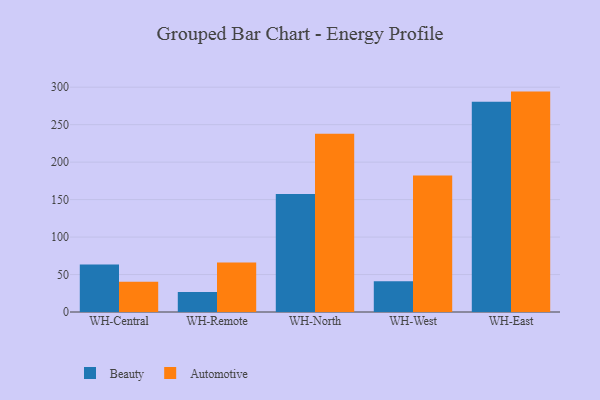
{"axis": {"x": "Warehouse", "y": "Conversion Rate (%)"}, "legend": ["Automotive", "Beauty"], "data": [{"x": "WH-Central", "y": 63.3, "type": "Beauty"}, {"x": "WH-Central", "y": 40.5, "type": "Automotive"}, {"x": "WH-Remote", "y": 26.8, "type": "Beauty"}, {"x": "WH-Remote", "y": 66.0, "type": "Automotive"}, {"x": "WH-North", "y": 157.3, "type": "Beauty"}, {"x": "WH-North", "y": 237.7, "type": "Automotive"}, {"x": "WH-West", "y": 41.1, "type": "Beauty"}, {"x": "WH-West", "y": 182.3, "type": "Automotive"}, {"x": "WH-East", "y": 280.6, "type": "Beauty"}, {"x": "WH-East", "y": 294.1, "type": "Automotive"}]}